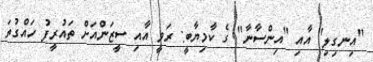
"އިނގިލި" އާއި "އިންސާނާ" ގެ ކާމިޔާބީ: ރަވީ އާއި ސީޒަންއަށް ތައުރީފު ހައްގުތަ